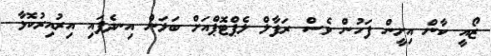
ޒޯއީ ކާން އިށީން ފަހުން ވެސް ރަފާލް ލެޕްޓޮޕްއަށް ބަލަން އިނދެފައި އިރުއިރުކޮޅާ